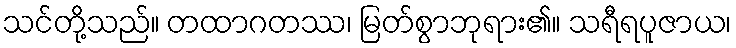
သင်တို့သည်။ တထာဂတဿ၊ မြတ်စွာဘုရား၏။ သရီရပူဇာယ၊